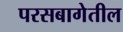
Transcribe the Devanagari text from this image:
परसबागेतील